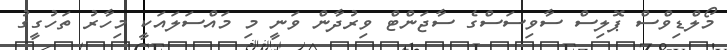
މޯލްޑިވްސް ޕޮލިސް ސާވިސަސްގެ ސާޖަންޓް ވިރުދާން ވަނީ މި މައްސަލައަކީ މިހާރު ތަހުގީގު